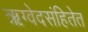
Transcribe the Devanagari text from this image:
ऋग्वेदसंहितेत